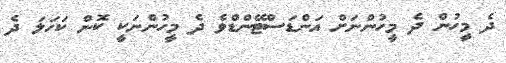
ދެ މީހުން ދެ މީހުންނަށް އަންޑަސްޓޭންޑްވެ ދެ މީހުންނަކީ ކޮން ކަހަލަ ދެ